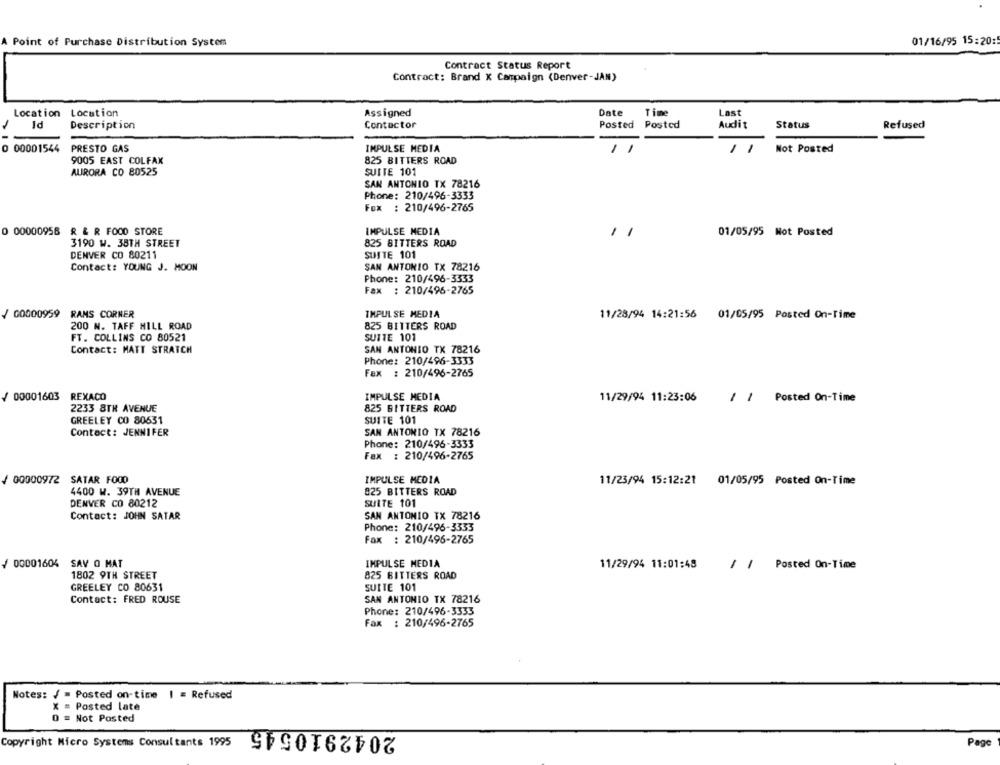
Point of Purchase Distribution System
01/16/95 15:20:
Contract Status Report
Contract: Brand X Campaign (Denver-JAN)
Location
Location
Assigned
Date
Time
Last
Status
Id
Description
Contactor
Posted Posted
Audit
Refused
00001544
PRESTO GAS
IMPULSE MEDIA
11
Not Posted
9005 EAST COLFAX
825 BITTERS ROAD
AURORA CO 80525
SUITE 101
SAN ANTONIO TX 78216
Phone: 210/496-3333
Fox : 210/496-2765
0 00000956 R & R FOOD STORE
IMPULSE MEDIA
1
01/05/95 Not Posted
3190 W. 38TH STREET
825 BITTERS ROAD
DENVER CO 80211
SUITE 101
Contact: YOUNG J. MOON
SAN ANTONIO TX 78216
Phone: 210/496-3333
Fax : 210/496-2765
/ 00000959
RAMS CORNER
IMPULSE MEDIA
11/28/94 14:21:56 01/05/95 Posted On-Time
200 N. TAFF HILL ROAD
825 BITTERS ROAD
FT. COLLINS CO 80521
SUITE 101
Contact: MATT STRATCH
SAN ANTONIO TX 78216
Phone: 210/496-3333
Fax : 210/496-2765
/ 00001603
REXACO
IMPULSE MEDIA
11/29/94 11:23:06
/ / Posted On-Time
2233 8TH AVENUE
825 BITTERS ROAD
GREELEY CO 80631
SUITE 101
Contact: JENNIFER
SAN ANTONIO TX 78216
Phone: 210/496-3333
Fax : 210/496-2765
/ 00000972 SATAR FOOD
IMPULSE MEDIA
11/23/94 15:12:21 01/05/95 Posted On-Time
4400 W. 39TH AVENUE
825 BITTERS ROAD
DENVER CO 80212
SUITE 101
Contact: JOHN SATAR
SAN ANTONIO TX 78216
Phone: 210/496-3333
Fax : 210/496-2765
/ 00001604 SAV O MAT
IMPULSE MEDIA
11/29/94 11:01:48
/ / Posted On-Time
1802 9TH STREET
825 BITTERS ROAD
GREELEY CO 80631
SUITE 101
Contact: FRED ROUSE
SAN ANTONIO TX 78216
Phone: 210/496-3333
Fax : 210/496-2765
Notes: / = Posted on-time I = Refused
X = Posted late
O = Not Posted
2042910545
Copyright Micro Systems Consul tants 1995
Pag